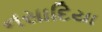
નસાદિયા